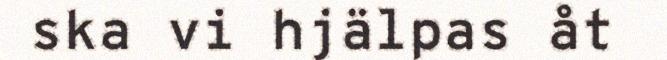
ska vi hjälpas åt